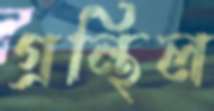
গ্রন্থিল